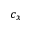
c _ { x }